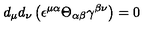
d _ { \mu } d _ { \nu } \left( \epsilon ^ { \mu \alpha } \Theta _ { \alpha \beta } \gamma ^ { \beta \nu } \right) = 0